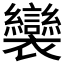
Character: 𧟏